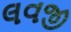
લવજી